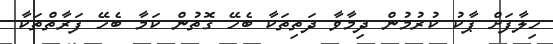
ހިލާފަށް ޕާކު ކުރުމުން ދިމާވާ ދަތިތަކާ ބެހޭ ގޮތުން ކަމާ ބެހޭ ފަރާތްތަކާ